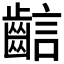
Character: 𪘎